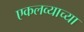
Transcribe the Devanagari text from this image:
एकलव्याच्या